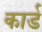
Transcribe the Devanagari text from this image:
कार्ड